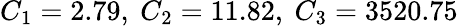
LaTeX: C_{1}=2.79,\ C_{2}=11.82,\ C_{3}=3520.75